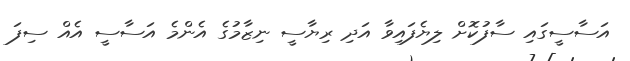
އަސާސީގައި ސާފުކޮށް ލިޔެފައިވާ އަދި ރިޔާސީ ނިޒާމުގެ އެންމެ އަސާސީ އެއް ސިފަ